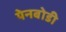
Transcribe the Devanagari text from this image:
येनबोडी